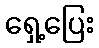
ရှေ့ပြေး